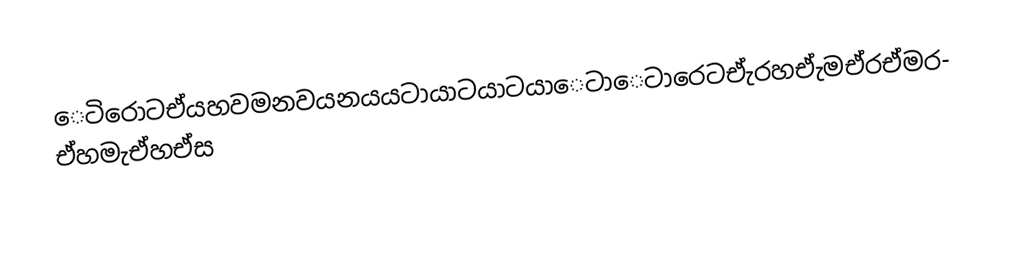
ෙටිරොටඒයහවමනවයනයයටායාටයාටයාෙටාෙටාරෙටඒැරහඒැමඒරඒමරඒහමැඒහඒස